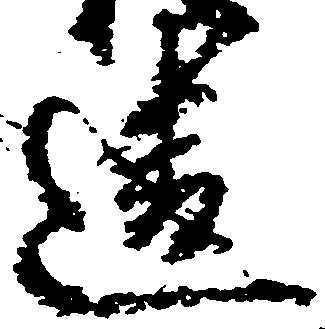
違